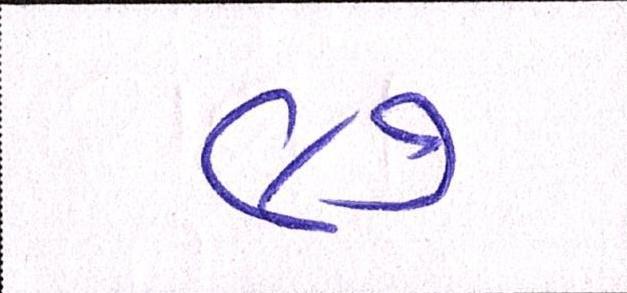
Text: ૯૭